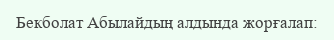
Бекболат Абылайдың алдында жорғалап: